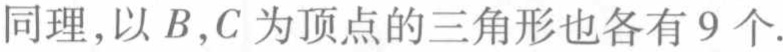
同理,以\(B,C\)为顶点的三角形也各有\(9\)个.